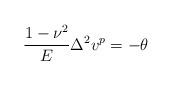
LaTeX: \begin{align*}\frac{1-\nu^2}E\Delta^2v^p=-\theta\end{align*}